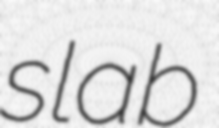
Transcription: slab